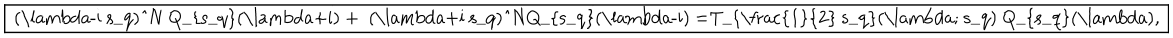
\fbox { ( \lambda - i s _ { q } ) ^ { N } Q _ { s _ { q } } ( \lambda + i ) + ( \lambda + i s _ { q } ) ^ { N } Q _ { s _ { q } } ( \lambda - i ) = T _ { \frac { 1 } { 2 } s _ { q } } ( \lambda ; s _ { q } ) Q _ { s _ { q } } ( \lambda ) , }